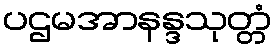
ပဌမအာနန္ဒသုတ္တံ